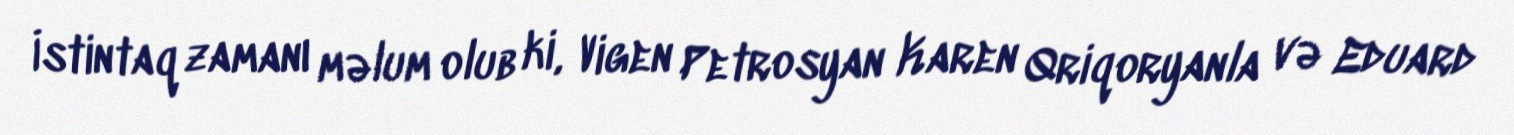
İstintaq zamanı məlum olub ki, Vigen Petrosyan Karen Qriqoryanla və Eduard